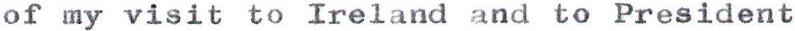
of my visit to Ireland and to President